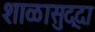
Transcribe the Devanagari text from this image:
शाळासुद्दा